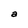
Character: a